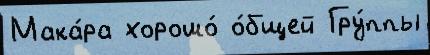
Мака́ра хорошо́ о́бщей Гру́ппы